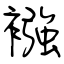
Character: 襁